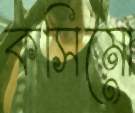
কসিমো